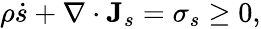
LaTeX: \begin{array}{r}{\rho\dot{s}+\nabla\cdot\mathbf J_{s}=\sigma_{s}\geq 0,}\end{array}